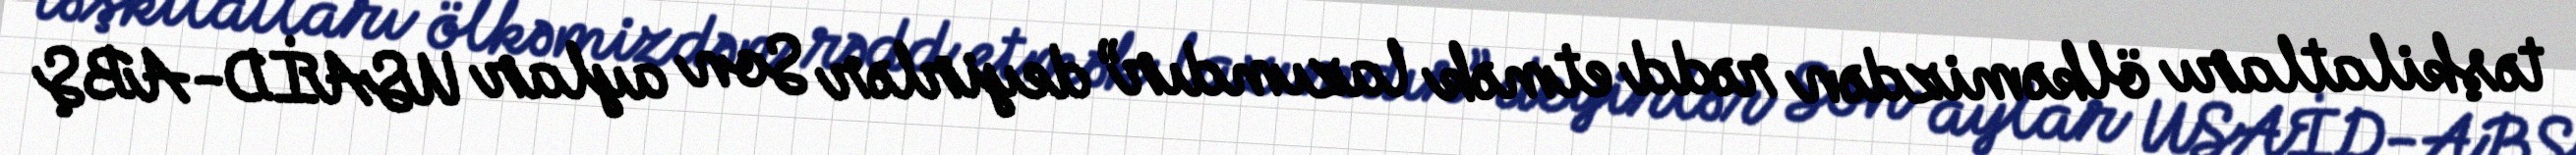
təşkilatları ölkəmizdən rədd etmək lazımdır” deyirlər Son aylar USAİD-ABŞ